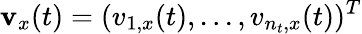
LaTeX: \mathbf v_{x}(t)=(v_{1,x}(t),...,v_{n_{t},x}(t))^{T}